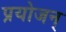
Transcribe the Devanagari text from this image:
प्रयोजन्